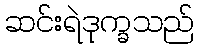
ဆင်းရဲဒုက္ခသည်